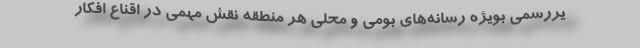
یررسمی بویژه رسانه‌های بومی و محلی هر منطقه نقش مهمی در اقناع افکار